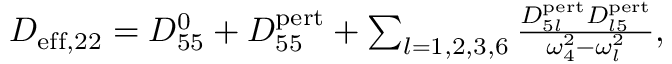
\begin{array} { r } { D _ { \mathrm { e f f } , 2 2 } = D _ { 5 5 } ^ { 0 } + D _ { 5 5 } ^ { \mathrm { p e r t } } + \sum _ { l = 1 , 2 , 3 , 6 } \frac { D _ { 5 l } ^ { \mathrm { p e r t } } D _ { l 5 } ^ { \mathrm { p e r t } } } { \omega _ { 4 } ^ { 2 } - \omega _ { l } ^ { 2 } } , } \end{array}